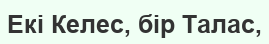
Екі Келес, бір Талас,